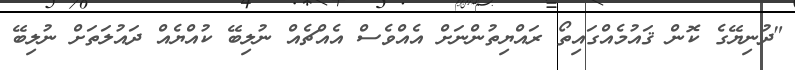
"ދުނިޔޭގެ ކޮން ޤައުމެއްގައިތޯ ރައްޔިތުންނަށް އެއްވެސް އެއްޗެއް ނުލިބޭ ކުއްޔެއް ދައުލަތަށް ނުލިބޭ